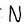
Character: N